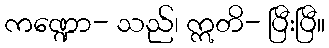
ကဏ္ဍော- သည်၊ ဣတိ- ပြီးပြီ။